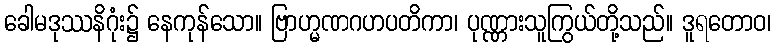
ခေါမဒုဿနိဂုံး၌ နေကုန်သော။ ဗြာဟ္မဏဂဟပတိကာ၊ ပုဏ္ဏားသူကြွယ်တို့သည်။ ဒူရတောဝ၊